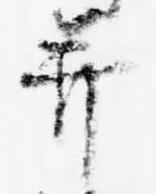
并